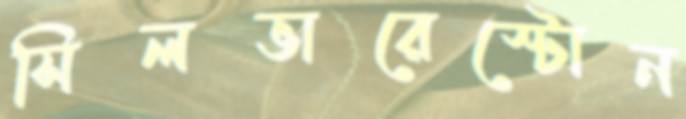
সিলভারেস্টোন